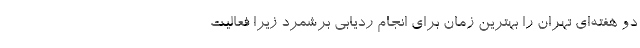
دو هفته‌ای تهران را بهترین زمان برای انجام ردیابی برشمرد زیرا فعالیت